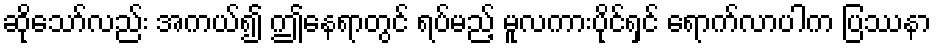
ဆိုသော်လည်း အကယ်၍ ဤနေရာတွင် ရပ်မည့် မူလကားပိုင်ရှင် ရောက်လာပါက ပြဿနာ